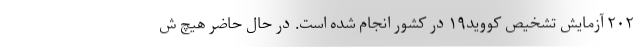
۲۰۲ آزمایش تشخیص کووید۱۹ در کشور انجام شده است. در حال حاضر هیچ ش